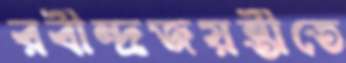
রবীন্দ্রজয়ন্তীতে